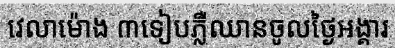
វេលាម៉ោង ៣ទៀបភ្លឺឈានចូលថ្ងៃអង្គារ